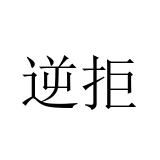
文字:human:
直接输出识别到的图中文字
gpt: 逆拒